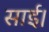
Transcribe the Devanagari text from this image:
साई।